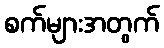
စက်များအတွက်